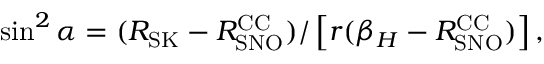
\sin ^ { 2 } \alpha = { ( R _ { \mathrm { S K } } - R _ { \mathrm { S N O } } ^ { \mathrm { C C } } ) / \left[ r ( \beta _ { H } - R _ { \mathrm { S N O } } ^ { \mathrm { C C } } ) \right] } \, ,